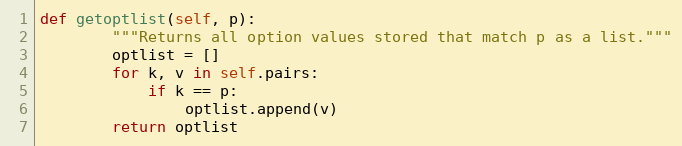
Language: Python
def getoptlist(self, p):
        """Returns all option values stored that match p as a list."""
        optlist = []
        for k, v in self.pairs:
            if k == p:
                optlist.append(v)
        return optlist